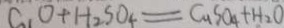
C _ { 1 } O + H _ { 2 } S _ { 4 } = C u S _ { 4 } + H _ { 2 } O